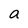
Character: a